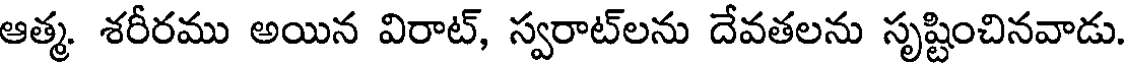
ఆత్మ. శరీరము అయిన విరాట్, స్వరాట్లను దేవతలను సృష్టించినవాడు.